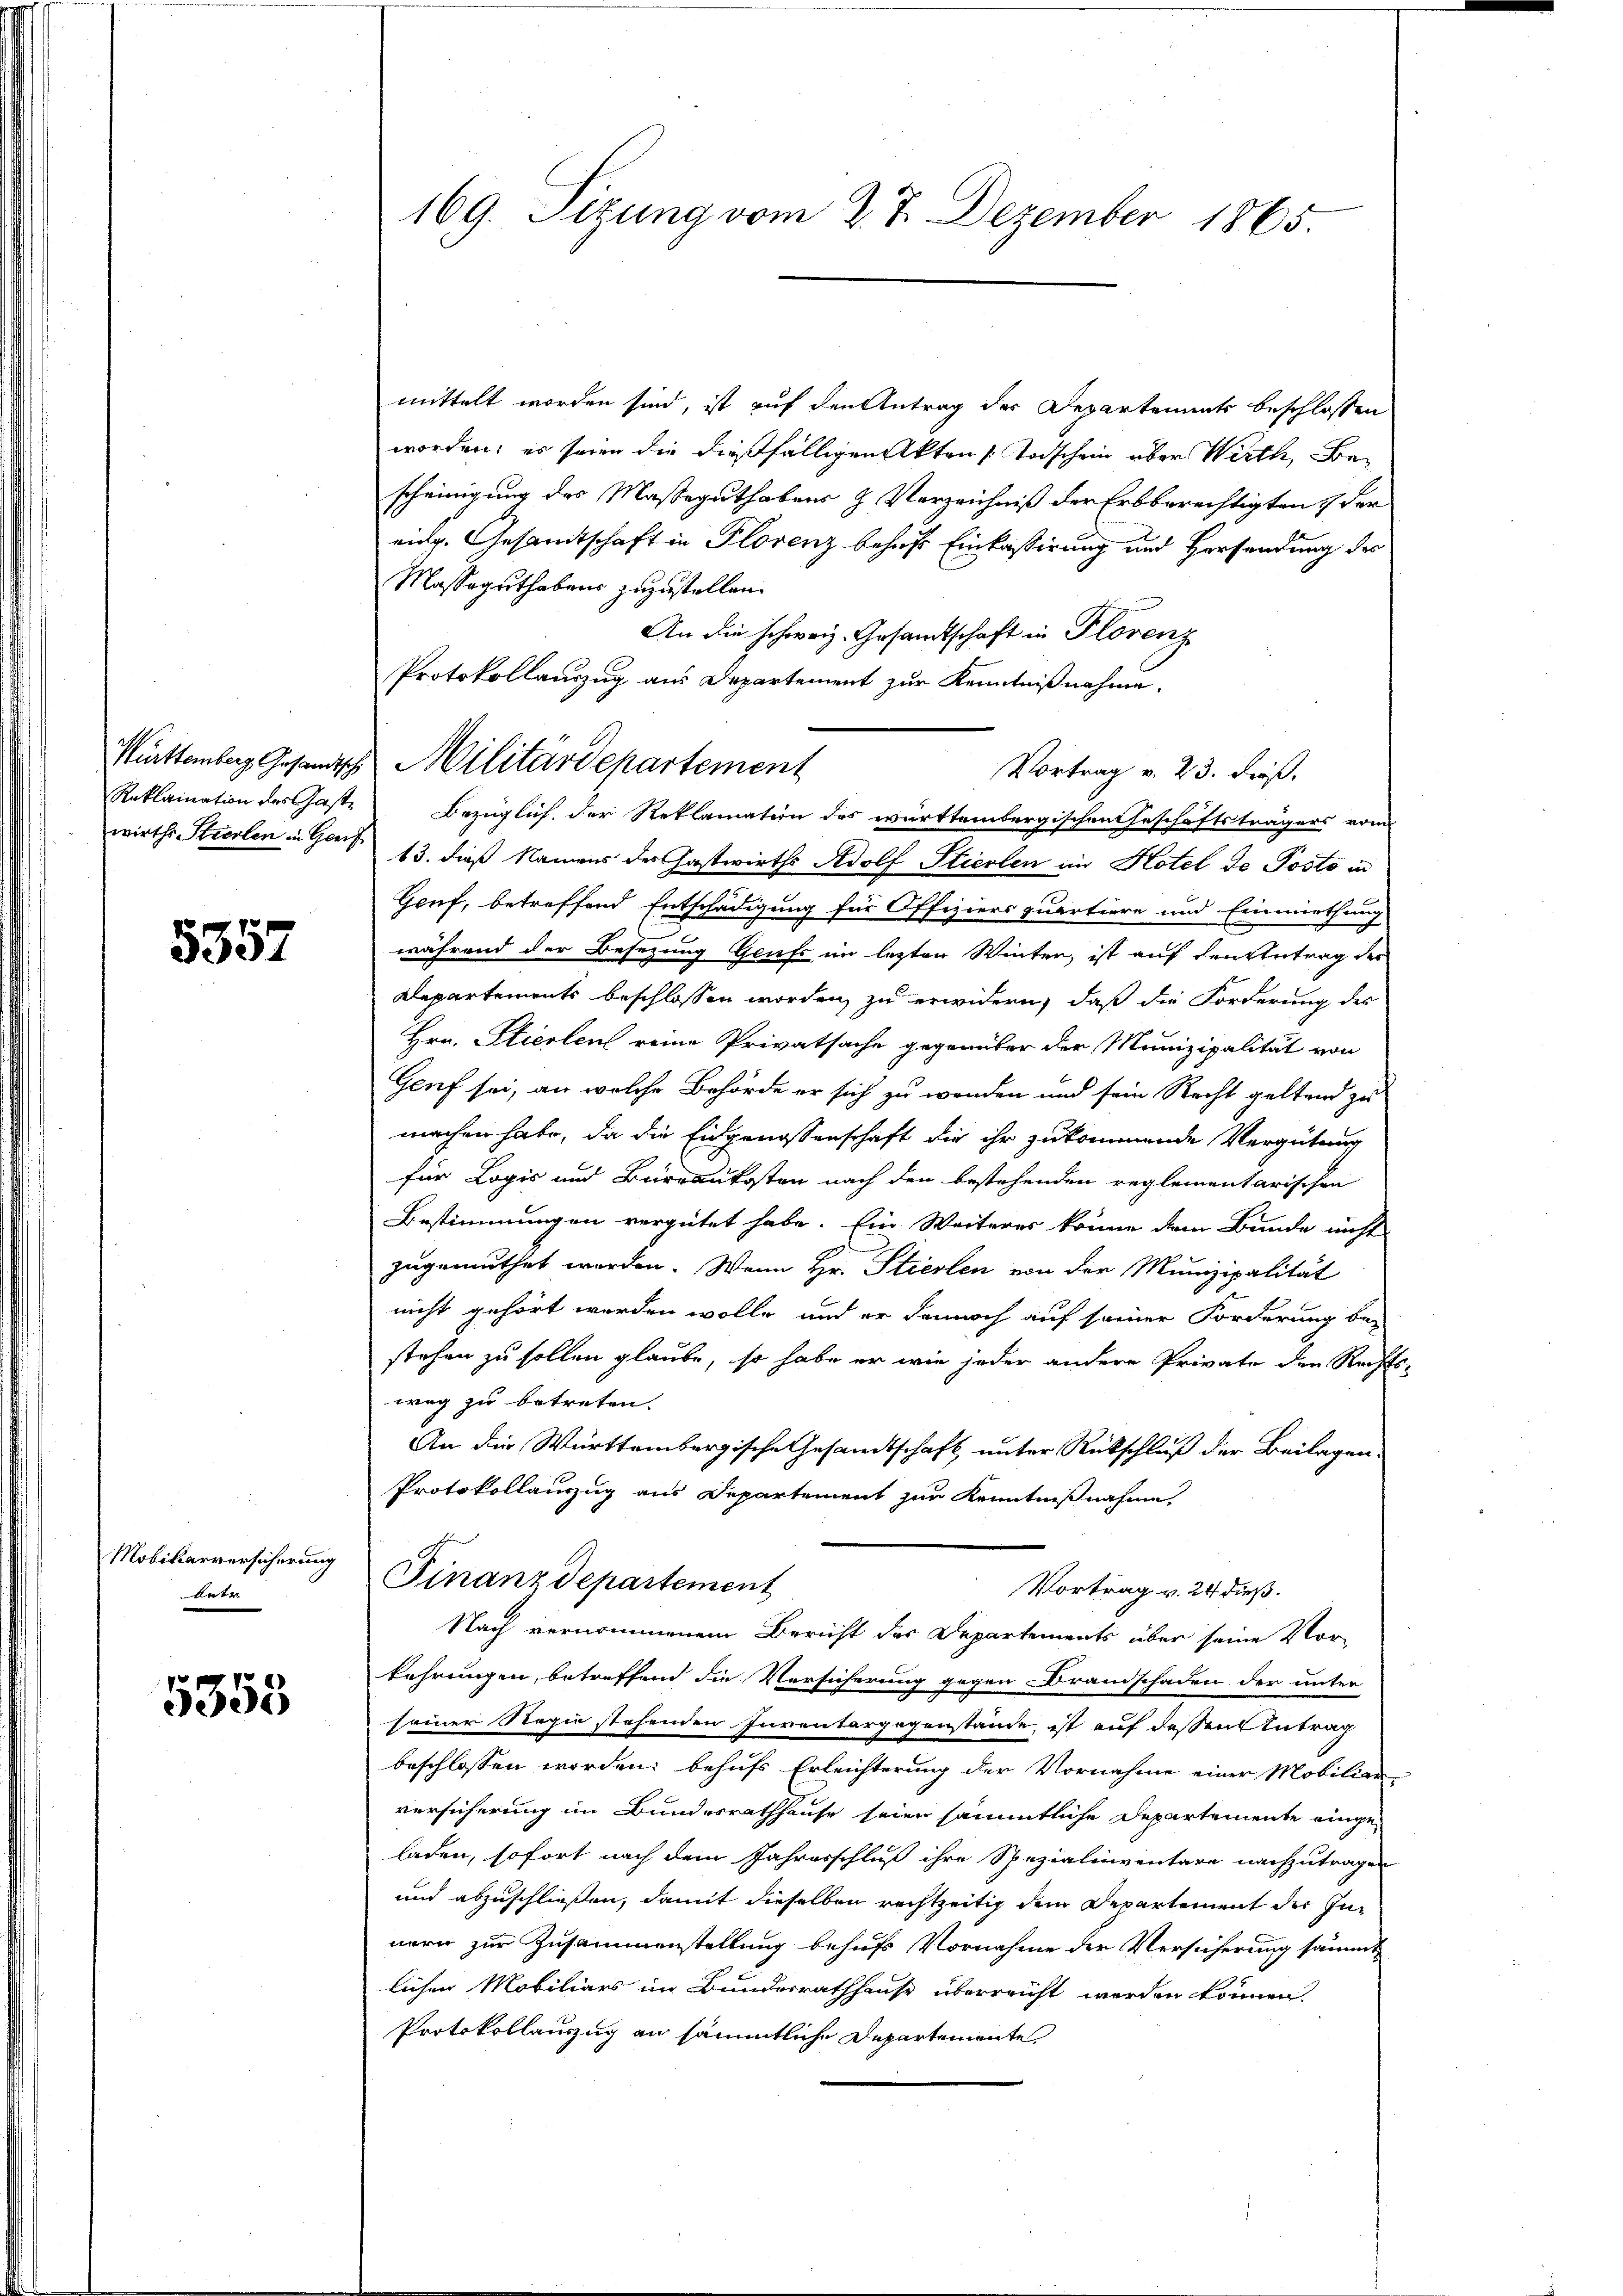
Württemberg Gesandtische
Reklamation des Gast¬

5357

Mobikarversicherung
rer.

5358

169. Sizung vom 27. Dezember 1865.

Militärdepartement

mittelt worden sind, ist auf den Antrag der Departements beschlossen
worden; es seien die dießfälligen Akten Todschein über Wirth, Bescheinigung des Masseguthabens & Verzeichniß der Erbberechtigten der
eidg. Gesamtschaft in Florenz behufs Einkassirung und Versendung des
Massaguthabens zuzustellen.
An die schweiz. Gesandtschaft in Florenz
Protokollauszug aus Departement zur Kenntnißnahme,
Vortrag v. 23. dieß,
Bezüglich, der Reklamation des württembergischen Geschäftsträgers vom
wirths Stiedlen in Gaus 13. dieß Namens der Gastwirths Adolf Stierten im Hotel de Posto in
Gruf, betreffend Entschädigung für Offiziers quartiere und Einmiethung
während der Besetzung Genfe im lezten Winter, ist auf den Antrag der
Departements beschlossen worden, zu erwidern, daß die Forderung des
Hrn. Stierten reine Privatsache gegenüber der Munizipalität von
Genf sei, an welche Behörde er sich zu worden und sein Recht geltend zu
machen habe, da die Eidgenossenschaft die ihr zukommende Vergütung
für Logis und Burrankosten nach den bestehenden reglementarischen
Bestimmungen vergütet habe. Ein Weiteres könne dem Bunde nicht
zugemuthet werden. Wenn Hr. Stiedlen von der Munizipalität
nicht gehört werden wolle, und er dennoch auf seiner Forderung be-
stehen zu sollen glaube, so habe er wie jeder andere Private den Rechts-
weg zu betreten.
An die Württembergische Gesamtschaft unter Rückschluß der Beilagen
Protokollanzug aus Departement zur Kenntnißnahme,
sehnen
Finanzdepartement
Vortrag v. 24 dieß.
Nach vernommenem Bericht der Departements über seine Vorkehrungen, betreffend die Versicherung gegen Brandschaden der unter
seiner Regie stehenden Inventargegenstände, ist auf dessen Antrag
beschlossen worden; behufs Erleichterung der Vornahme einer Mobiliar-
versicherung im Bundesrathhause seien sämmtliche Departemente eingeladen, sofort nach dem Jahresschluß ihre Spezialinventare nachzutragen
und abzuschließen, damit dieselben rechtzeitig dem Departement der Innern zur Zusammenstellung behufs Vornahme der Versicherung sämmt
lichen Mobiliars im Bunderrathhause überreicht werden können.
Protokollauszug an sämmtliche Departemente